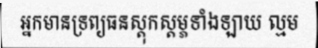
អ្នកមានទ្រព្យធនស្តុកស្តម្ភទាំងឡាយ ល្មម